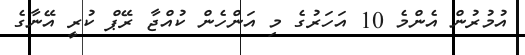
އުމުރުން އެންމެ 10 އަހަރުގެ މި އަންހެން ކުއްޖާ ރޭޕް ކުރީ އޭނާގެ